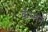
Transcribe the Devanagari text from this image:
कॅम्मन